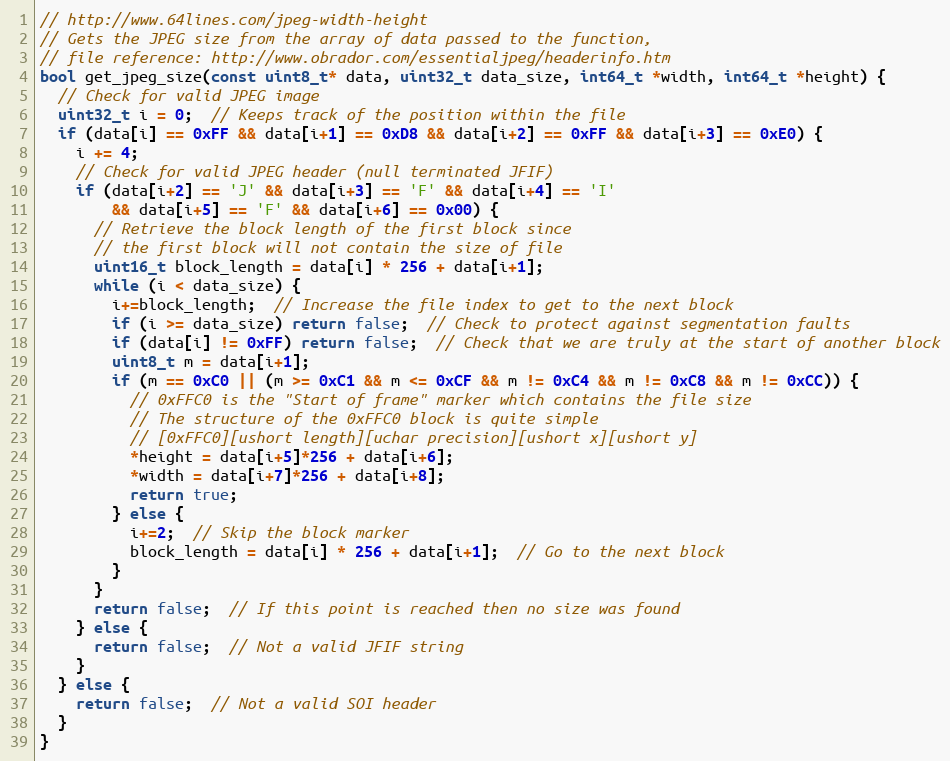
Language: C++
// http://www.64lines.com/jpeg-width-height
// Gets the JPEG size from the array of data passed to the function,
// file reference: http://www.obrador.com/essentialjpeg/headerinfo.htm
bool get_jpeg_size(const uint8_t* data, uint32_t data_size, int64_t *width, int64_t *height) {
  // Check for valid JPEG image
  uint32_t i = 0;  // Keeps track of the position within the file
  if (data[i] == 0xFF && data[i+1] == 0xD8 && data[i+2] == 0xFF && data[i+3] == 0xE0) {
    i += 4;
    // Check for valid JPEG header (null terminated JFIF)
    if (data[i+2] == 'J' && data[i+3] == 'F' && data[i+4] == 'I'
        && data[i+5] == 'F' && data[i+6] == 0x00) {
      // Retrieve the block length of the first block since
      // the first block will not contain the size of file
      uint16_t block_length = data[i] * 256 + data[i+1];
      while (i < data_size) {
        i+=block_length;  // Increase the file index to get to the next block
        if (i >= data_size) return false;  // Check to protect against segmentation faults
        if (data[i] != 0xFF) return false;  // Check that we are truly at the start of another block
        uint8_t m = data[i+1];
        if (m == 0xC0 || (m >= 0xC1 && m <= 0xCF && m != 0xC4 && m != 0xC8 && m != 0xCC)) {
          // 0xFFC0 is the "Start of frame" marker which contains the file size
          // The structure of the 0xFFC0 block is quite simple
          // [0xFFC0][ushort length][uchar precision][ushort x][ushort y]
          *height = data[i+5]*256 + data[i+6];
          *width = data[i+7]*256 + data[i+8];
          return true;
        } else {
          i+=2;  // Skip the block marker
          block_length = data[i] * 256 + data[i+1];  // Go to the next block
        }
      }
      return false;  // If this point is reached then no size was found
    } else {
      return false;  // Not a valid JFIF string
    }
  } else {
    return false;  // Not a valid SOI header
  }
}